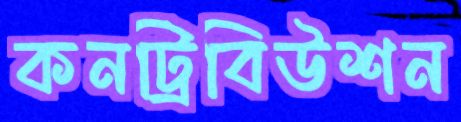
কনট্রিবিউশন